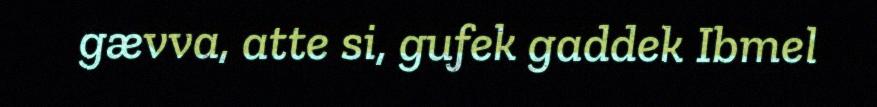
gævva, atte si, gufek gaddek Ibmel